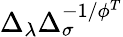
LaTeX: \Delta_{\lambda}\Delta_{\sigma}^{-1/\phi^{T}}